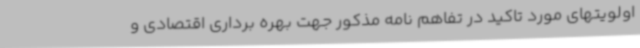
اولویتهای مورد تاکید در تفاهم نامه مذکور جهت بهره برداری اقتصادی و